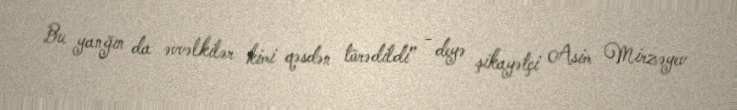
Bu yanğın da əvvəlkilər kimi qəsdən törədildi” - deyə şikayətçi Asim Mirzəyev